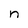
Character: n